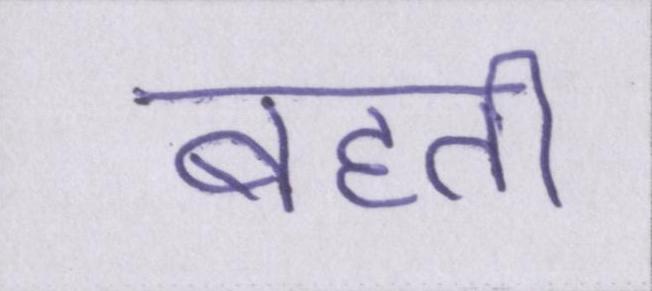
बहती